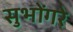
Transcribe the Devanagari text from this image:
सुभोंगरे